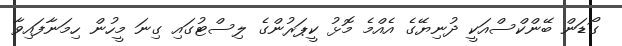
ގޯޑަން ބޭންކްސްއަކީ ދުނިޔޭގެ އެއްމެ މޮޅު ކީޕަރުންގެ ލިސްޓުގައި ގިނަ މީހުން ހިމަނާފައިވާ